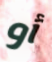
أو